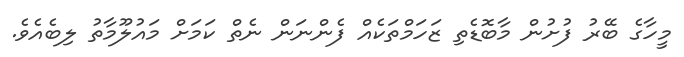
މީހާގެ ބޭރު ފުށުން މާބޮޑެތި ޒަހަމްތަކެއް ފެންނަން ނެތް ކަމަށް މައުލޫމާތު ލިބެއެވެ.